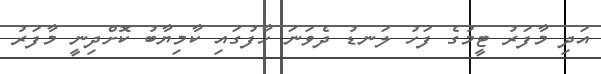
އަދި މާފަރު ޓީމުގެ ފަހު ލަނޑު ދެވަނަ ހާފުގައި ކާމިޔާބު ކޮށްދިނީ މާފަރު